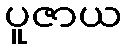
ပူဇာယ